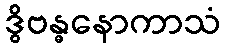
ဒွိဗန္ဓနောကာသံ